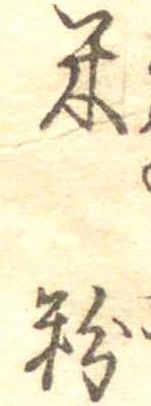
米粉